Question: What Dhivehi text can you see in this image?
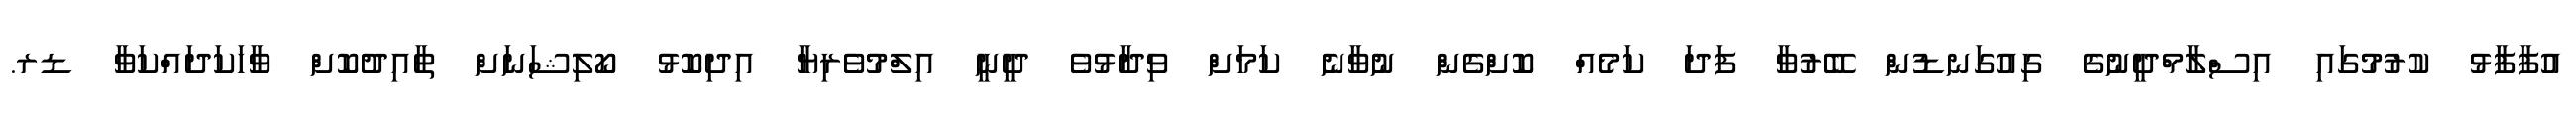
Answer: އުފާފާޅު ކުރުމުގައި އިސްލާމްދީނުގެ ގިއުގަނޑުން ބޭރުވާ ފަދަ ކަމެއް ކޮށްގެން ނުވާނެ ކަމަށް ވިދާޅުވެ ދީނީ އިލްމުވެރިޔާ އިދިކޮޅު ކޯލިޝަނަށް ތާއިދުކޮށް ވާހަކަދައްކަވާ ޑރ.